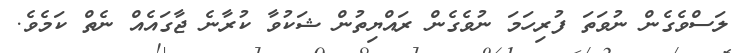
ލަސްވެގެން ނުވަތަ ފުރިހަމަ ނުވެގެން ރައްޔިތުން ޝަކުވާ ކުރާނެ ޖާގައެއް ނެތް ކަމެވެ.